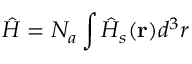
\hat { H } = N _ { a } \int \hat { H } _ { s } ( \mathbf { r } ) d ^ { 3 } r